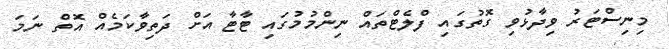
މިނިސްޓަރު ވިދާޅުވި ގޮތުގައި ފްލެޓްތައް ނިންމުމުގައި ޓާޓާ އަށް ދަތިވާކަމެއް އޮތް ނަމަ